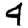
Digit: 4